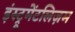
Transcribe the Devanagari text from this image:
इंस्ट्रूमेंटलिज़म